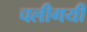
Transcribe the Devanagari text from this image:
चलीगयी